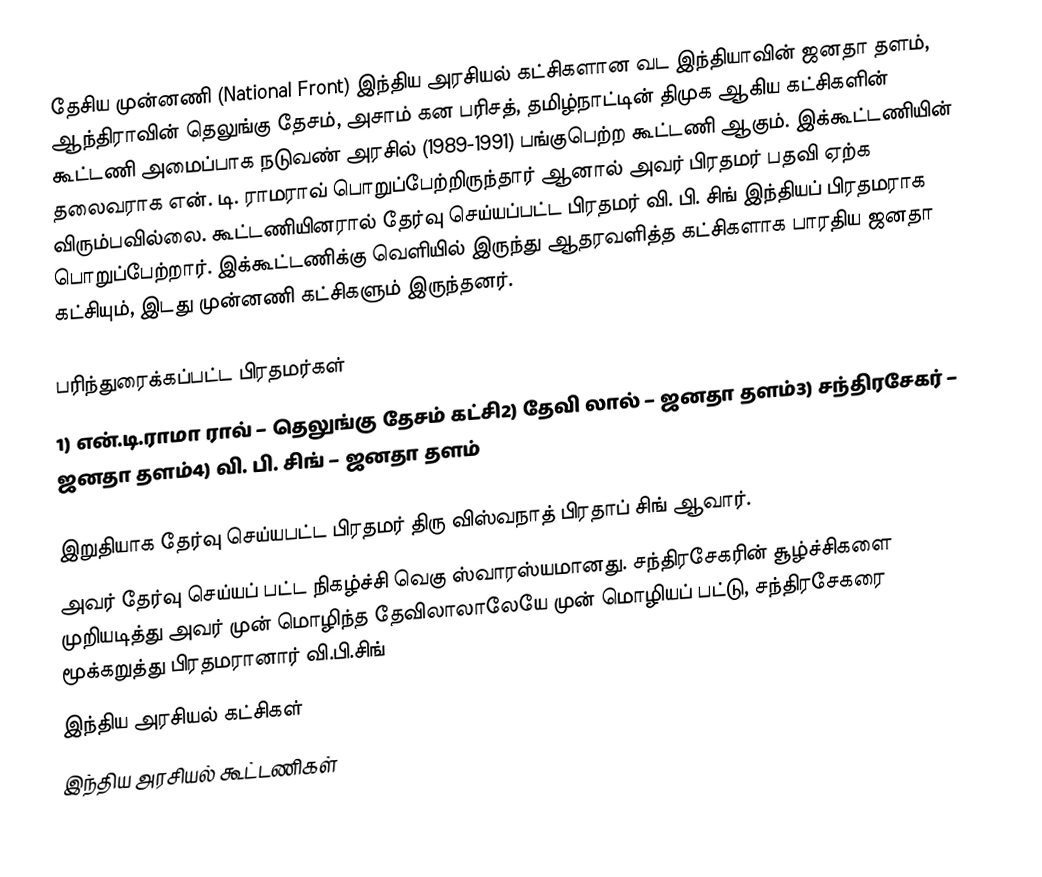
தேசிய முன்னணி (National Front)  இந்திய அரசியல் கட்சிகளான  வட இந்தியாவின் ஜனதா தளம், ஆந்திராவின் தெலுங்கு தேசம், அசாம் கன பரிசத், தமிழ்நாட்டின் திமுக ஆகிய கட்சிகளின் கூட்டணி அமைப்பாக நடுவண் அரசில் (1989-1991) பங்குபெற்ற கூட்டணி ஆகும். இக்கூட்டணியின் தலைவராக என். டி. ராமராவ் பொறுப்பேற்றிருந்தார் ஆனால் அவர் பிரதமர் பதவி ஏற்க விரும்பவில்லை. கூட்டணியினரால் தேர்வு செய்யப்பட்ட பிரதமர் வி. பி. சிங் இந்தியப் பிரதமராக பொறுப்பேற்றார். இக்கூட்டணிக்கு வெளியில் இருந்து ஆதரவளித்த கட்சிகளாக பாரதிய ஜனதா கட்சியும், இடது முன்னணி கட்சிகளும் இருந்தனர்.

பரிந்துரைக்கப்பட்ட பிரதமர்கள்
1) என்.டி.ராமா ராவ் – தெலுங்கு தேசம் கட்சி2) தேவி லால் – ஜனதா தளம்3) சந்திரசேகர் – ஜனதா தளம்4) வி. பி. சிங் – ஜனதா தளம்

இறுதியாக தேர்வு செய்யபட்ட பிரதமர் திரு விஸ்வநாத் பிரதாப் சிங் ஆவார்.
அவர் தேர்வு செய்யப் பட்ட நிகழ்ச்சி வெகு ஸ்வாரஸ்யமானது. சந்திரசேகரின் சூழ்ச்சிகளை முறியடித்து அவர் முன் மொழிந்த தேவிலாலாலேயே முன் மொழியப் பட்டு, சந்திரசேகரை மூக்கறுத்து பிரதமரானார் வி.பி.சிங்
இந்திய அரசியல் கட்சிகள்
இந்திய அரசியல் கூட்டணிகள்